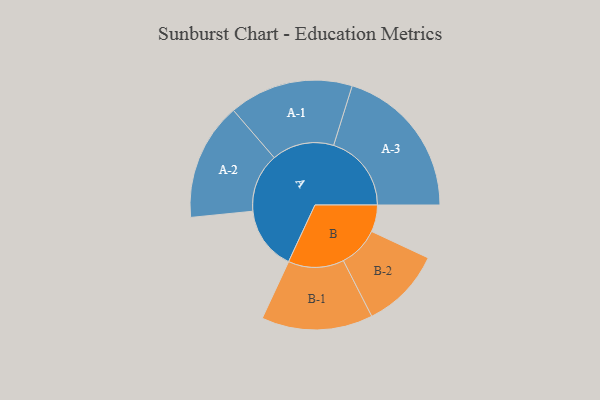
{"axis": {"x": "Segment", "y": "Value"}, "legend": ["", "A", "B"], "data": [{"x": "A", "y": 244, "type": ""}, {"x": "B", "y": 103, "type": ""}, {"x": "A-1", "y": 239, "type": "A"}, {"x": "A-2", "y": 226, "type": "A"}, {"x": "A-3", "y": 299, "type": "A"}, {"x": "B-1", "y": 214, "type": "B"}, {"x": "B-2", "y": 156, "type": "B"}]}